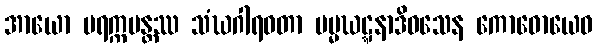
အာယော ပရက္ကမန္တဿ သံဃဂါရဝတာ မမ္မဃဋ္ဋနာဒိဝသေန ကောဓောယေဝ